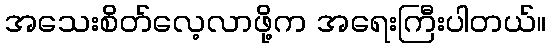
အသေးစိတ်လေ့လာဖို့က အရေးကြီးပါတယ်။